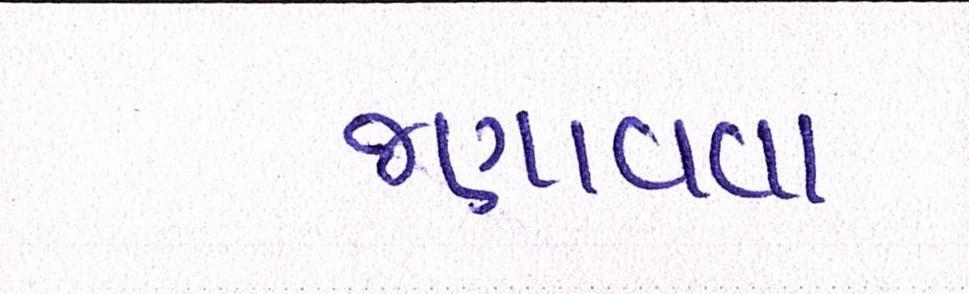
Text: જણાવવા